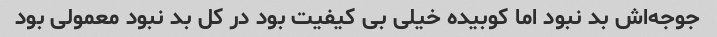
جوجه‌اش بد نبود اما کوبیده خیلی بی کیفیت بود در کل بد نبود معمولی بود